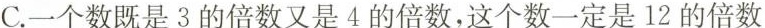
C.一个数既是3的倍数又是4的倍数，这个数一定是12的倍数